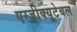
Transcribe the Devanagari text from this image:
एग्जीक्यूटेबल